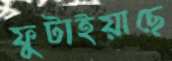
ফুটাইয়াছে